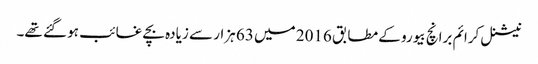
نیشنل کرائم برانچ بیورو کے مطابق 2016 میں 63 ہزار سے زیادہ بچے غائب ہو گئے تھے۔